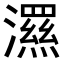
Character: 𭳗